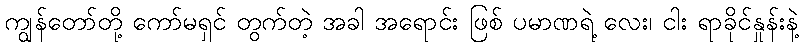
ကျွန်တော်တို့ ကော်မရှင် တွက်တဲ့ အခါ အရောင်း ဖြစ် ပမာဏရဲ့ လေး၊ ငါး ရာခိုင်နှုန်းနဲ့